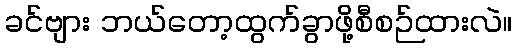
ခင်ဗျား ဘယ်တော့ထွက်ခွာဖို့စီစဉ်ထားလဲ။